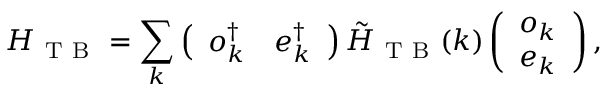
H _ { \mathrm { ~ T ~ B ~ } } = \sum _ { k } \left( \begin{array} { l l } { o _ { k } ^ { \dagger } } & { e _ { k } ^ { \dagger } } \end{array} \right) \tilde { H } _ { \mathrm { ~ T ~ B ~ } } ( k ) \left( \begin{array} { l } { o _ { k } } \\ { e _ { k } } \end{array} \right) ,